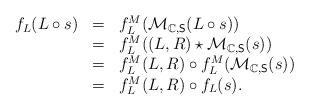
\begin{align*}\begin{array}{lll}f_L(L\circ s)&=&f^M_L(\mathcal{M}_{\mathbb{C},\mathsf{S}}(L\circ s))\\&=&f^M_L((L,R)\star\mathcal{M}_{\mathbb{C},\mathsf{S}}(s))\\&=&f^M_L(L,R)\circ f^M_L(\mathcal{M}_{\mathbb{C},\mathsf{S}}(s))\\&=&f^M_{L}(L,R)\circ f_L(s).\end{array}\end{align*}